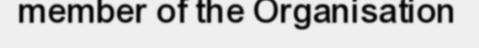
member of the Organisation